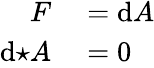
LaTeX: \begin{array}{rl}{F}&{{}=\mathrm{d}A}\\ {\mathrm{d}{\star}A}&{{}=0}\end{array}